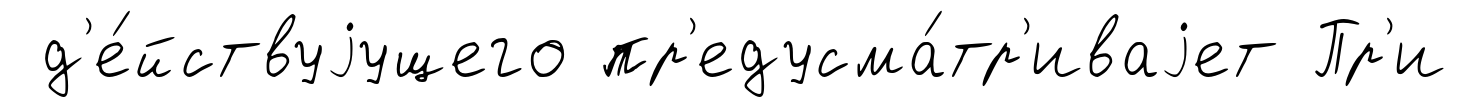
д'е́йствуjущего пр'едусма́тр'иваjет Пр'и